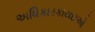
અધિકારકાયદાઓ